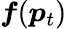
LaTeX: \boldsymbol{f}(\boldsymbol{p}_{t})